Vaccination Hyderabad 1872-1889 - 1872-1889
Year: 1872
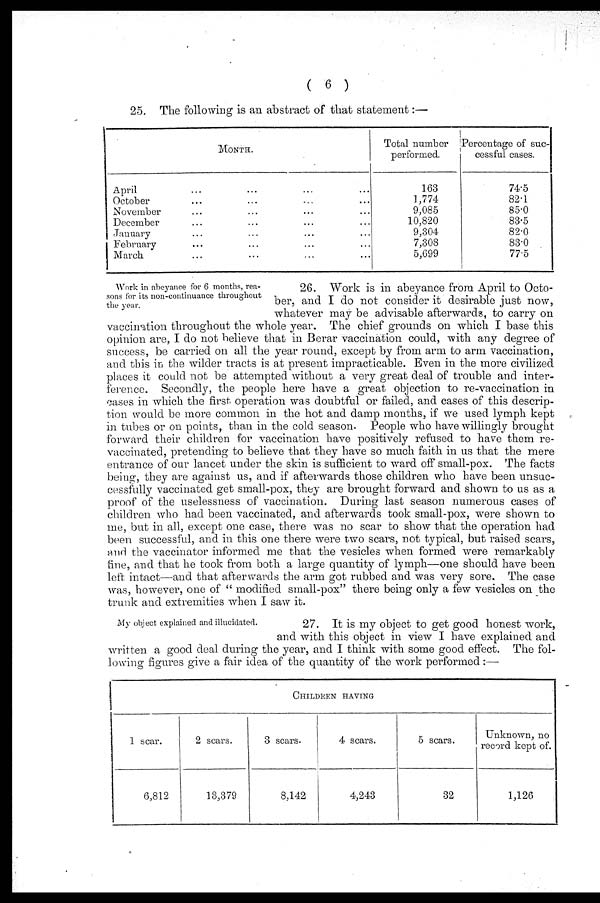
( 6 )
25. The following is an abstract of that statement:—
MONTH.
April ... ... ... ...
October ... ... ... ...
November ... ... ... ...
December ... ... ... ...
January ... ... ... ...
February ... ... ... ...
March ... ... ... ...
Total number
performed.
163
1,774
9,085
10,820
9,304
7,308
5,699
Percentage of suc-
cessful cases.
74.5
82.1
85.0
83.5
82.0
83.0
77.5
Work in abeyance for 6 months, rea-
sons for its non-continuance throughout
the year.
26. Work is in abeyance from April to Octo-
ber, and I do not consider it desirable just now,
whatever may be advisable afterwards, to carry on
vaccination throughout the whole year. The chief grounds on which I base this
opinion are, I do not believe that in Berar vaccination could, with any degree of
success, be carried on all the year round, except by from arm to arm vaccination,
and this in the wilder tracts is at present impracticable. Even in the more civilized
places it could not be attempted without a very great deal of trouble and inter-
ference. Secondly, the people here have a great objection to re-vaccination in
cases in which the first operation was doubtful or failed, and cases of this descrip-
tion would be more common in the hot and damp months, if we used lymph kept
in tubes or on points, than in the cold season. People who have willingly brought
forward their children for vaccination have positively refused to have them re-
vaccinated, pretending to believe that they have so much faith in us that the mere
entrance of our lancet under the skin is sufficient to ward off small-pox. The facts
being, they are against us, and if afterwards those children who have been unsuc-
cessfully vaccinated get small-pox, they are brought forward and shown to us as a
proof of the uselessness of vaccination. During last season numerous cases of
children who had been vaccinated, and afterwards took small-pox, were shown to
me, but in all, except one case, there was no scar to show that the operation had
been successful, and in this one there were two scars, not typical, but raised scars,
and the vaccinator informed me that the vesicles when formed were remarkably
fine, and that he took from both a large quantity of lymph—one should have been
left intact—and that afterwards the arm got rubbed and was very sore. The case
was, however, one of " modified small-pox" there being only a few vesicles on the
trunk and extremities when I saw it.
My object explained and illucidated.
27. It is my object to get good honest work,
and with this object in view I have explained and
written a good deal during the year, and I think with some good effect. The fol-
lowing figures give a fair idea of the quantity of the work performed:—
CHILDREN HAVING
1 scar.
6,812
2 scars.
13,379
3 scars.
8,142
4 scars.
4,243
5 scars.
32
Unknown, no
record kept of.
1,126